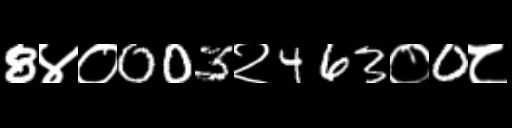
Text: 8४०003२463०0८